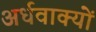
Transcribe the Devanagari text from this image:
अर्धवाक्यों